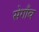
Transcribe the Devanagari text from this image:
सेगाँव